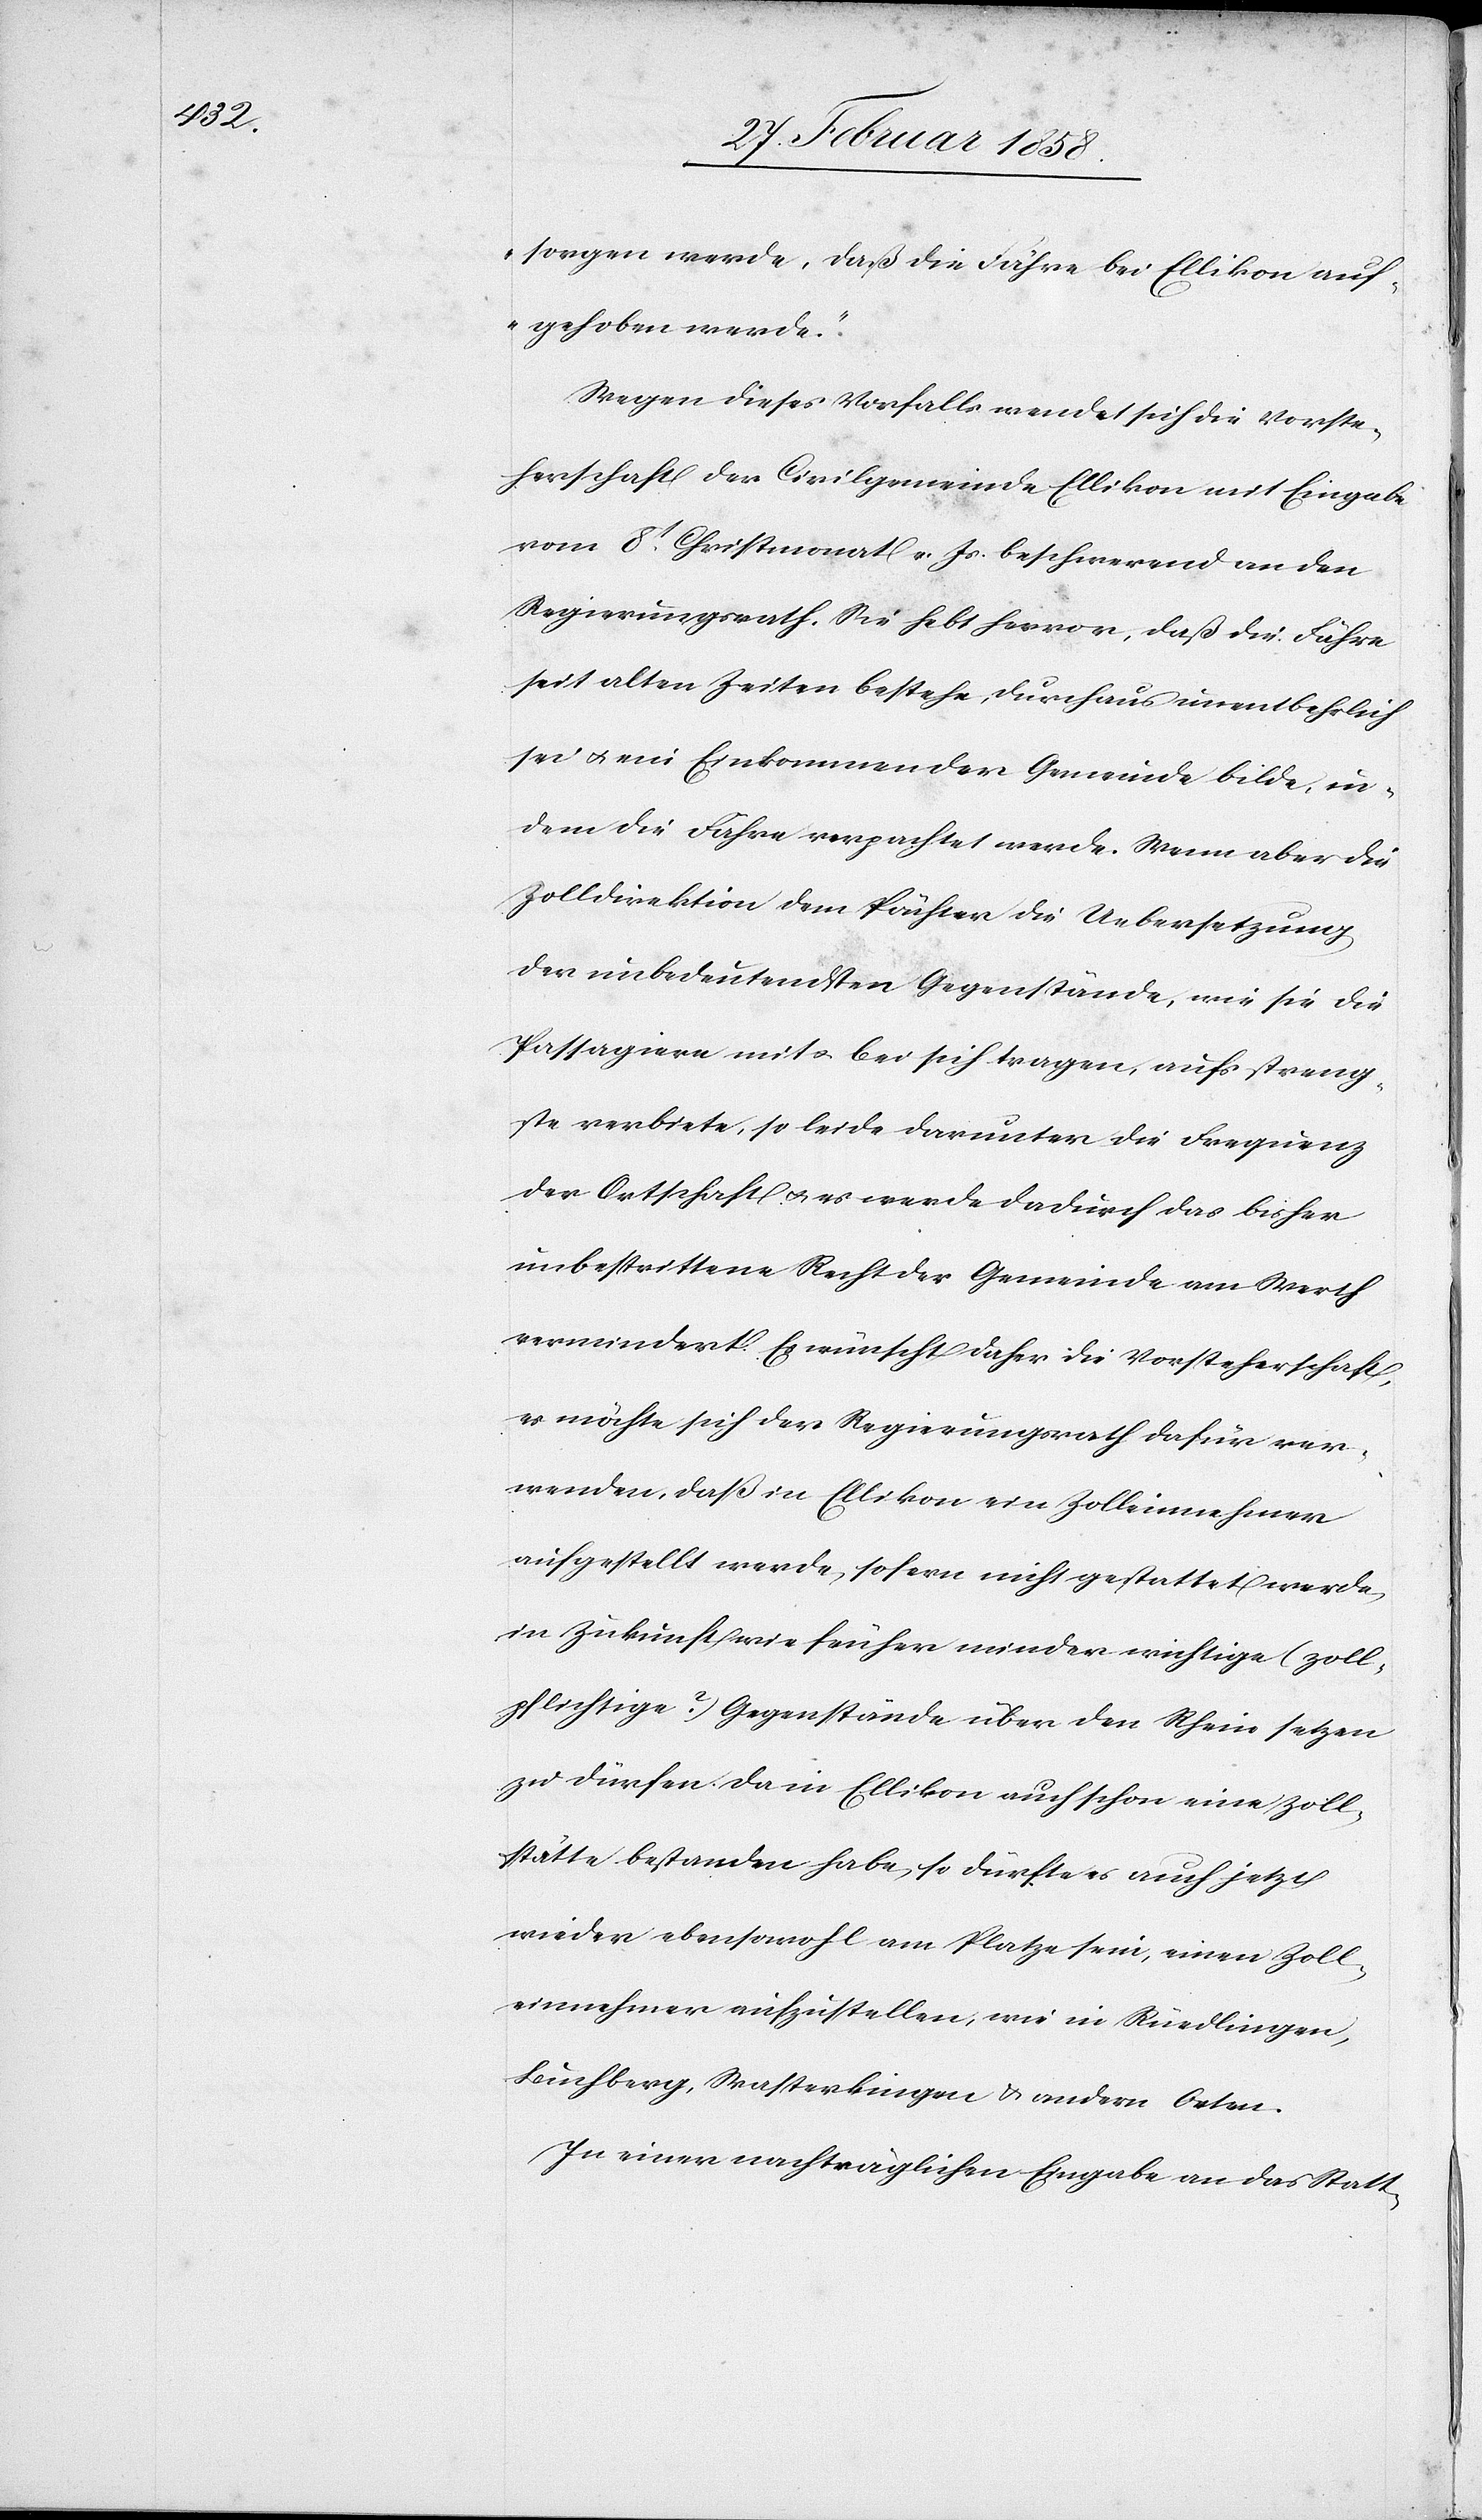
sorgen werde, daß die Fähre bei Ellikon auf¬
gehoben werde.“
Wegen dieses Vorbehalts wendet sich die Vorste¬
herschaft der Civilgemeinde Ellikon mit Eingabe
vom 8t Christmonat v. Js. beschwerend an den
Regierungsrath. Sie hebt hervor, daß die Fähre
seit alten Zeiten bestehe, durchaus unentbehrlich
sei u. ein Einkommen der Gemeinde bilde, in¬
dem die Fähre verpachtet werde. Wenn aber die
Zolldirektion dem Pächter die Uebersetzung
der unbedeutendsten Gegenstände, wie sie die
Passagiere mit u. bei sich tragen, aufs streng¬
ste verbiete, so leide darunter die Frequenz
der Ortschaft u. es werde dadurch das bisher
unbestrittene Recht der Gemeinde am Werth
vermindert. Es wünscht daher die Vorsteherschaft,
es möchte sich der Regierungsrath dafür ver¬
wenden, daß in Ellikon ein Zolleinnehmer
aufgestellt werde, sofern nicht gestattet werde,
in Zukunft wie früher minder wichtige (zoll¬
pflichtige?) Gegenstände über den Rhein setzen
zu dürfen. Da in Ellikon auch schon eine Zoll¬
stätte bestanden habe, so dürfte es auch jetzt
wieder ebensowohl am Platze sein, einen Zoll¬
einnehmer aufzustellen, wie in Rüedlingen,
Buchberg, Wasterkingen u. andern Orten.
In einer nachträglichen Eingabe an das Statt-